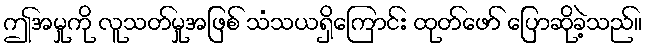
ဤအမှုကို လူသတ်မှုအဖြစ် သံသယရှိကြောင်း ထုတ်ဖော် ပြောဆိုခဲ့သည်။